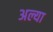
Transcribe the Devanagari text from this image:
अल्या